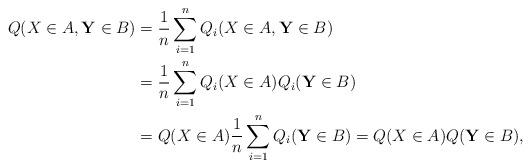
LaTeX: \begin{align*}Q(X\in A, \mathbf Y\in B)&=\frac{1}{n}\sum_{i=1}^n Q_i(X\in A, \mathbf Y\in B)\\&=\frac{1}{n}\sum_{i=1}^n Q_i(X\in A)Q_i(\mathbf Y\in B)\\&=Q(X\in A)\frac{1}{n}\sum_{i=1}^n Q_i(\mathbf Y\in B)=Q(X\in A)Q(\mathbf Y\in B),\end{align*}